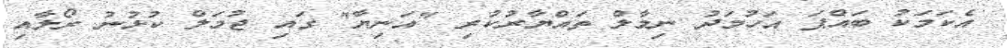
އެކަމަކު ބައްޕަ އަހުމަދު ނިމާލް ތައްޔާރުކުރި "އަނިޔާ" ގައި ޖުމަލް ކުޅުނު ރޯލާއި